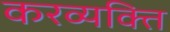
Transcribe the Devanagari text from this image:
करव्यक्ति